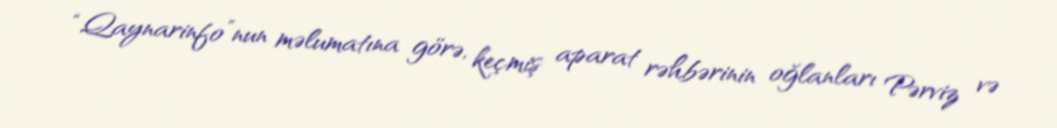
“Qaynarinfo”nun məlumatına görə, keçmiş aparat rəhbərinin oğlanları Pərviz və